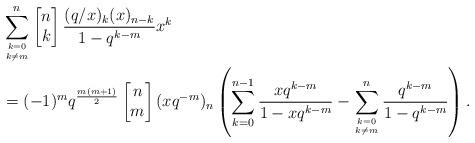
LaTeX: \begin{align*}&\sum_{k=0\atop k\neq m}^{n}\left[\begin{matrix} n\\k\end{matrix}\right]\frac{(q/x)_k(x)_{n-k}}{1-q^{k-m}}x^k\\&=(-1)^mq^{\frac{m(m+1)}{2}}\left[\begin{matrix} n\\m\end{matrix}\right](xq^{-m})_n\left(\sum_{k=0}^{n-1}\frac{xq^{k-m}}{1-xq^{k-m}}-\sum_{k=0\atop k\neq m}^{n}\frac{q^{k-m}}{1-q^{k-m}}\right).\end{align*}